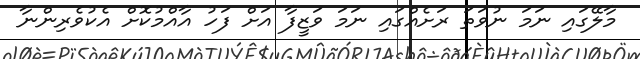
މާލޭގައި ނަމަ ނުވަތަ ރަށެއްގައި ނަމަ ވަޒީފާ އަށް ފަހު އާއްމުކޮށް އެކުވެރިންނާ